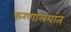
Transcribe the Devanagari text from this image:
रुग्णालयांत